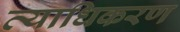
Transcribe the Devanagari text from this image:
व्याधिकरण